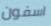
اسفون